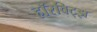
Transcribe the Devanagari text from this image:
हॉरविट्झ